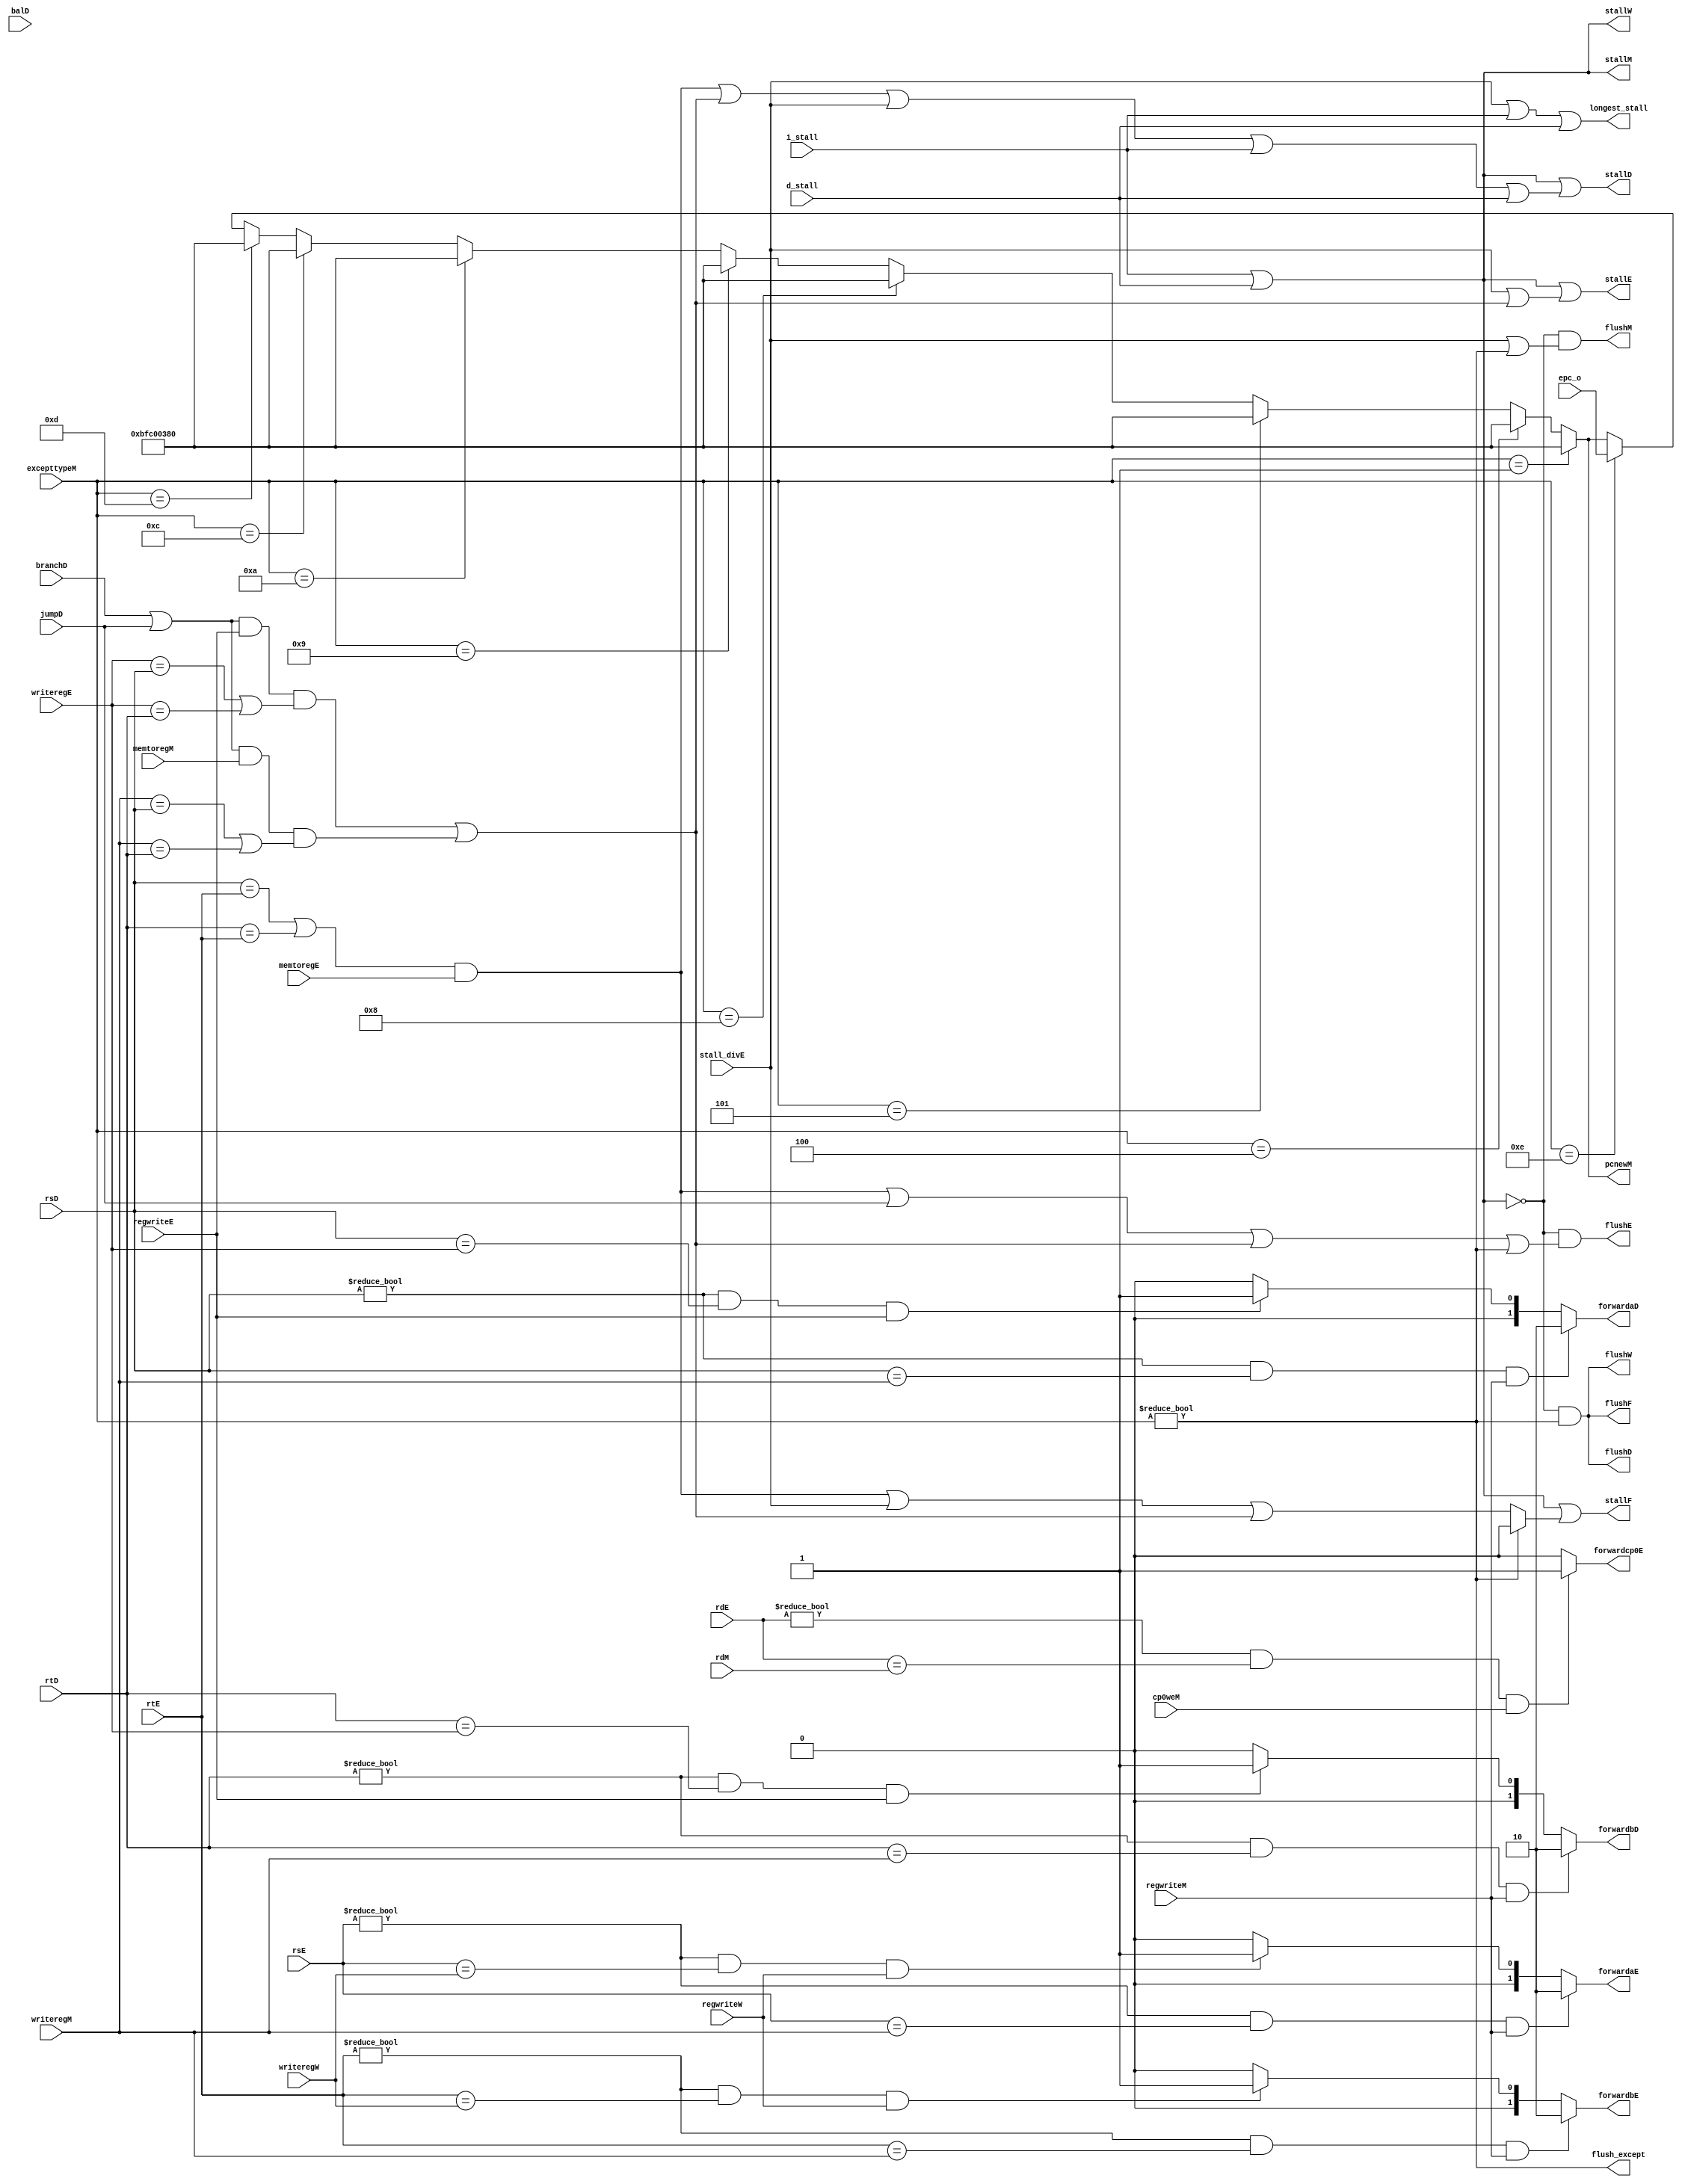
module hazard(
		//fetch stage
		output wire stallF,
		output wire flushF,
		//decode stage
		input wire [4:0] rsD,rtD,
		input wire branchD,
		//new add use in branch
		input wire balD,jumpD,
		output reg [1:0] forwardaD,forwardbD,
		output wire stallD,
		output wire flushD,
		//execute stage
		input wire [4:0] rsE,rtE,writeregE,rdE,
		input wire regwriteE,memtoregE,
		output reg [1:0] forwardaE,forwardbE,
		input wire stall_divE,
		output wire flushE,
		output wire stallE,
		output wire forwardcp0E,
		//mem stage
		input wire [4:0] rdM,
		input wire [4:0] writeregM,
		input wire regwriteM,memtoregM,
		input wire cp0weM,
		input wire [31:0] excepttypeM,
		//input wire [31:0] excepttypeW,
		input wire [31:0] epc_o,
		output wire flushM,
		output wire [31:0] pcnewM,
		//write back stage
		input wire [4:0] writeregW,
		input wire regwriteW,
		output wire flushW,
		output wire longest_stall,
		input wire i_stall,d_stall,
		output wire stallM,stallW,
		output flush_except
		//use in div
		//input wire stall_divE,
		//output wire stallE
		);

//data hazard
always @(*) begin
    if((rsD != 1'b0) && (rsD == writeregM) && regwriteM)     
        forwardaD <= 2'b10;
	else if ((rsD != 1'b0) && (rsD == writeregE) && regwriteE) 
        forwardaD <= 2'b01;
	else forwardaD <= 2'b00;
end
always @(*) begin
    if((rtD != 1'b0) && (rtD == writeregM) && regwriteM)     
        forwardbD <= 2'b10;
	else if ((rtD != 1'b0) && (rtD == writeregE) && regwriteE) 
        forwardbD <= 2'b01;
	else forwardbD <= 2'b00;
end



always @(*) begin
    if((rsE != 1'b0) && (rsE == writeregM) && regwriteM)     
        forwardaE <= 2'b10;
	else if ((rsE != 1'b0) && (rsE == writeregW) && regwriteW) 
        forwardaE <= 2'b01;
	else forwardaE <= 2'b00;
end
always @(*) begin
    if((rtE != 1'b0) && (rtE == writeregM) && regwriteM)     
        forwardbE <= 2'b10;
	else if ((rtE != 1'b0) && (rtE == writeregW) && regwriteW) 
        forwardbE <= 2'b01;
	else forwardbE <= 2'b00;
end

	assign forwardcp0E = ((rdE!=0)&(rdE == rdM)&(cp0weM))?1'b1:1'b0;

	wire flush_except,flush_except2;;
	assign flush_except = (excepttypeM != 32'b0);
	assign flush_except2 = (excepttypeM == 32'h00000000) ? 0:1;

//stop
    wire lwstallD;
    assign lwstallD = ((rsD == rtE) || (rtD == rtE)) && memtoregE;
	//assign stallF = stallD = flushE = lwstall;
	//new branch 
	wire branchflushD;
	assign branchflushD = branchD && !balD;
	
//forward logic
  //  assign forwardaD = (rsD !=0) && (rsD == writeregM) && regwriteM;
	//assign forwardbD = (rtD !=0) && (rtD == writeregM) && regwriteM;
//	assign forwardaD = ((rsD != 0) && (rsD == writeregM) && regwriteM)?2'b10:((rsD!=0)&&(rsD == writeregE)&& regwriteE)?2'b01:2'b00;
//	assign forwardbD = ((rtD != 0) && (rtD == writeregM) && regwriteM)?2'b10:((rtD!=0)&&(rtD == writeregE)&& regwriteE)?2'b01:2'b00;

//stalling logic
 //   assign branchstall = branchD && ((regwriteE && 
 //                  (writeregE == rsD || writeregE == rtD))||
  //                 (memtoregM && (writeregM == rsD || writeregM == rtD)));
	wire branchstall;
	assign branchstall = ((branchD||jumpD) && regwriteE && (writeregE == rsD || writeregE == rtD) || (branchD||jumpD) && memtoregM && (writeregM == rsD || writeregM == rtD));

	//assign flushF = 1'b0;
	//assign flushF = ~(i_stall |d_stall) & (flush_except|flush_except2);
	//assign flushD = ~(i_stall |d_stall)& (flush_except|flush_except2);
	//assign flushE = ~(i_stall |d_stall)& (lwstallD ||jumpD||branchstall||flush_except|flush_except2);
	//assign flushM = ~(i_stall |d_stall)& (stall_divE|flush_except|flush_except2);

	assign flushF = ~(i_stall |d_stall) & (flush_except);
	assign flushD = ~(i_stall |d_stall)& (flush_except);
	assign flushE = ~(i_stall |d_stall)& (lwstallD ||jumpD||branchstall||flush_except);
	assign flushM = ~(i_stall |d_stall)& (stall_divE|flush_except);
	assign flushW = ~(i_stall |d_stall) & flush_except;
	//assign flushW = 1'b0;

	assign stallF = (i_stall |d_stall) | (flush_except?1'b0:(lwstallD|stall_divE|branchstall));
    assign stallD = (i_stall |d_stall) |(lwstallD | branchstall | stall_divE|i_stall |d_stall);
	assign stallE = (i_stall |d_stall) |(stall_divE|branchstall);
	assign stallM = (i_stall |d_stall) ;
	assign stallW = (i_stall |d_stall) ;
	assign longest_stall = stall_divE| i_stall |d_stall;

	//assign pcnewM = (excepttypeM != 32'b0)?( (excepttypeM==32'h0000_000e)?epc_o:32'hbfc0_0380) :32'h0;
	assign pcnewM = (excepttypeM == 32'h0000_0001) ? 32'hBFC00380:
					(excepttypeM == 32'h0000_0004) ? 32'hBFC00380:
					(excepttypeM == 32'h0000_0005) ? 32'hBFC00380:
					(excepttypeM == 32'h0000_0008) ? 32'hBFC00380:
					(excepttypeM == 32'h0000_0009) ? 32'hBFC00380:
					(excepttypeM == 32'h0000_000a) ? 32'hBFC00380:
					(excepttypeM == 32'h0000_000c) ? 32'hBFC00380:
					(excepttypeM == 32'h0000_000d) ? 32'hBFC00380:
					(excepttypeM == 32'h0000_000e) ? epc_o:
					pcnewM;
endmodule